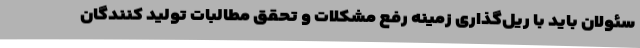
سئولان باید با ریل‌گذاری زمینه رفع مشکلات و تحقق مطالبات تولید کنندگان